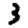
Digit: 3